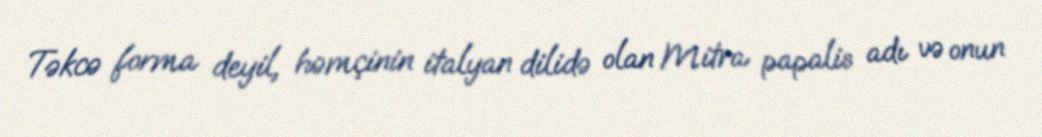
Təkcə forma deyil, həmçinin italyan dilidə olan Mitra papalis adı və onun